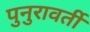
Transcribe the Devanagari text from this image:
पुनुरावर्ती